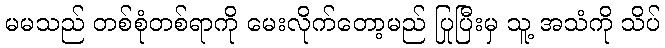
မမသည် တစ်စုံတစ်ရာကို မေးလိုက်တော့မည် ပြုပြီးမှ သူ့ အသံကို သိပ်